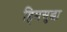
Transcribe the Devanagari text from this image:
हिमसुद्धा